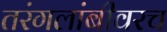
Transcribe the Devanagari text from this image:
तरंगलांबीवरच